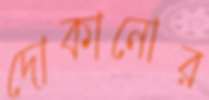
দোকানোর